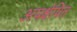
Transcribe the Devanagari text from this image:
अपक्षेपित